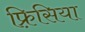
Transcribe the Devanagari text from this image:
फ़्रिसिया